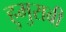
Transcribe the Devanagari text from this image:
हुमुराबी